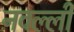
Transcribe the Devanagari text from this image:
नवल्ली